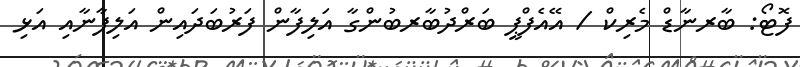
ފޮޓޯ: ބާރނާޑް މެރިކް / އޭއެފްޕީ ބަރްދުބާރބުންގާ އަލިފާން ފަރުބަދައިން އަލިފާނާއި އަޅި